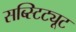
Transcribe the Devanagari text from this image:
सब्स्टिट्यूट